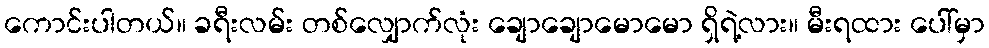
ကောင်းပါတယ်။ ခရီးလမ်း တစ်လျှောက်လုံး ချောချောမောမော ရှိရဲ့လား။ မီးရထား ပေါ်မှာ